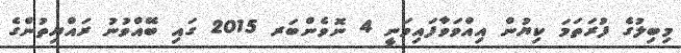
މިބިލުގެ ފުރަތަމަ ކިޔުން އިއްވަވާފައިވަނީ 4 ނޮވެންބަރ 2015 ގައި ބޭއްވުނު ރައްޔިތުންގެ